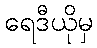
ရေဒီယိုမှ